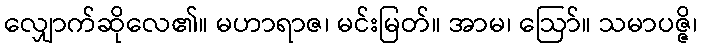
လျှောက်ဆိုလေ၏။ မဟာရာဇ၊ မင်းမြတ်။ အာမ၊ ဩော်။ သမာပဇ္ဇိ၊